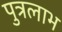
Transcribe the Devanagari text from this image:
पुत्रलाभ